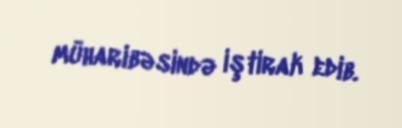
müharibəsində iştirak edib.